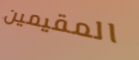
المقيمين